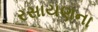
રસાયણના